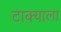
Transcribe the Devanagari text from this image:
टाक्याला